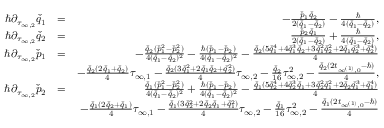
\begin{array} { r l r } { \hbar \partial _ { \tau _ { \infty , 2 } } \check { q } _ { 1 } } & { = } & { - \frac { \check { p } _ { 1 } \check { q } _ { 2 } } { 2 ( \check { q } _ { 1 } - \check { q } _ { 2 } ) } - \frac { \hbar } { 4 ( \check { q } _ { 1 } - \check { q } _ { 2 } ) } , } \\ { \hbar \partial _ { \tau _ { \infty , 2 } } \check { q } _ { 2 } } & { = } & { \frac { \check { p } _ { 2 } \check { q } _ { 1 } } { 2 ( \check { q } _ { 1 } - \check { q } _ { 2 } ) } + \frac { \hbar } { 4 ( \check { q } _ { 1 } - \check { q } _ { 2 } ) } , } \\ { \hbar \partial _ { \tau _ { \infty , 2 } } \check { p } _ { 1 } } & { = } & { - \frac { \check { q } _ { 2 } ( \check { p } _ { 1 } ^ { 2 } - \check { p } _ { 2 } ^ { 2 } ) } { 4 ( \check { q } _ { 1 } - \check { q } _ { 2 } ) ^ { 2 } } - \frac { \hbar ( \check { p } _ { 1 } - \check { p } _ { 2 } ) } { 4 ( \check { q } _ { 1 } - \check { q } _ { 2 } ) ^ { 2 } } - \frac { \check { q } _ { 2 } ( 5 \check { q } _ { 1 } ^ { 4 } + 4 \check { q } _ { 1 } ^ { 3 } \check { q } _ { 2 } + 3 \check { q } _ { 1 } ^ { 2 } \check { q } _ { 2 } ^ { 2 } + 2 \check { q } _ { 1 } \check { q } _ { 2 } ^ { 3 } + \check { q } _ { 2 } ^ { 4 } ) } { 4 } } \\ & { } & { - \frac { \check { q } _ { 2 } ( 2 \check { q } _ { 1 } + \check { q } _ { 2 } ) } { 4 } \tau _ { \infty , 1 } - \frac { \check { q } _ { 2 } ( 3 \check { q } _ { 1 } ^ { 2 } + 2 \check { q } _ { 1 } \check { q } _ { 2 } + \check { q } _ { 2 } ^ { 2 } ) } { 4 } \tau _ { \infty , 2 } - \frac { \check { q } _ { 2 } } { 1 6 } \tau _ { \infty , 2 } ^ { 2 } - \frac { \check { q } _ { 2 } ( 2 t _ { \infty ^ { ( 1 ) } , 0 } - \hbar ) } { 4 } , } \\ { \hbar \partial _ { \tau _ { \infty , 2 } } \check { p } _ { 2 } } & { = } & { \frac { \check { q } _ { 1 } ( \check { p } _ { 1 } ^ { 2 } - \check { p } _ { 2 } ^ { 2 } ) } { 4 ( \check { q } _ { 1 } - \check { q } _ { 2 } ) ^ { 2 } } + \frac { \hbar ( \check { p } _ { 1 } - \check { p } _ { 2 } ) } { 4 ( \check { q } _ { 1 } - \check { q } _ { 2 } ) ^ { 2 } } - \frac { \check { q } _ { 1 } ( 5 \check { q } _ { 2 } ^ { 4 } + 4 \check { q } _ { 2 } ^ { 3 } \check { q } _ { 1 } + 3 \check { q } _ { 2 } ^ { 2 } \check { q } _ { 1 } ^ { 2 } + 2 \check { q } _ { 2 } \check { q } _ { 1 } ^ { 3 } + \check { q } _ { 1 } ^ { 4 } ) } { 4 } } \\ & { } & { - \frac { \check { q } _ { 1 } ( 2 \check { q } _ { 2 } + \check { q } _ { 1 } ) } { 4 } \tau _ { \infty , 1 } - \frac { \check { q } _ { 1 } ( 3 \check { q } _ { 2 } ^ { 2 } + 2 \check { q } _ { 2 } \check { q } _ { 1 } + \check { q } _ { 1 } ^ { 2 } ) } { 4 } \tau _ { \infty , 2 } - \frac { \check { q } _ { 1 } } { 1 6 } \tau _ { \infty , 2 } ^ { 2 } - \frac { \check { q } _ { 1 } ( 2 t _ { \infty ^ { ( 1 ) } , 0 } - \hbar ) } { 4 } } \\ & { } & \end{array}